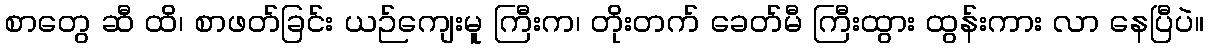
စာတွေ ဆီ ထိ၊ စာဖတ်ခြင်း ယဉ်ကျေးမူ ကြီးက၊ တိုးတက် ခေတ်မီ ကြီးထွား ထွန်းကား လာ နေပြီပဲ။